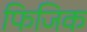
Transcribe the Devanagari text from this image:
फिजिक